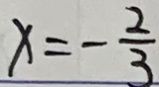
x = - \frac { 2 } { 3 }